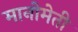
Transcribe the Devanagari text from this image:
मानोमेती